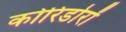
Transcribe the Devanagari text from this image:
कोरिडोरों